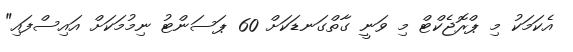
އެކަމަކު މި ޕްރޮޖެކްޓް މި ވަނީ ގާތްގަނޑަކަށް 60 ޕަސަންޓު ނިމުމަކަށް އައިސްފައި"